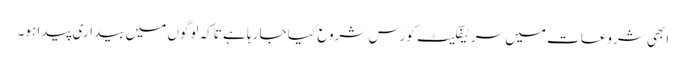
ابھی شروعات میں سرٹیفکیٹ کورس شروع کیا جا رہا ہے تاکہ لوگوں میں بیداری پیدا ہو۔